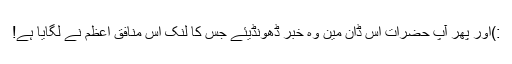
:)اور پھر آپ حضرات اس ڈان مین وہ خبر ڈھونڈیئے جس کا لنک اس منافق اعظم نے لگایا ہے!